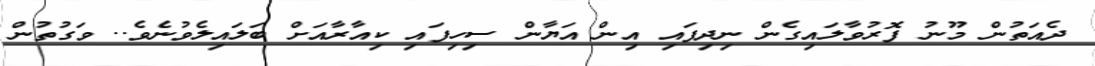
ދެއަތުން މޫނު ފޮރުވާލައިގެން ނިދިފައި އިން އަޔާން ސިހިފައި ކިއާރާއަށް ބަލައިލެވުނެވެ.. ވަގުތުން